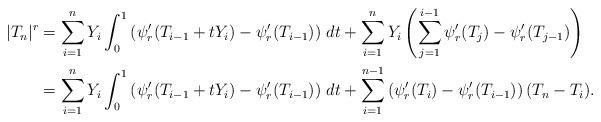
LaTeX: \begin{align*}|T_n|^r &=\sum_{i=1}^n Y_i\int_0^1 \left (\psi'_r(T_{i-1} +t Y_i)-\psi'_r(T_{i-1})\right ) \, dt+ \sum_{i=1}^n Y_i \left ( \sum_{j=1}^{i-1} \psi'_r(T_{j})-\psi'_r(T_{j-1}) \right) \\&=\sum_{i=1}^n Y_i\int_0^1 \left (\psi'_r(T_{i-1} +t Y_i)-\psi'_r(T_{i-1})\right ) \, dt+ \sum_{i=1}^{n-1} \left ( \psi'_r(T_{i})-\psi'_r(T_{i-1}) \right) (T_n-T_i).\end{align*}